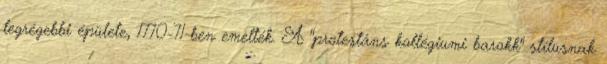
legrégebbi épülete, 1770-71-ben emelték. A "protestáns kollégiumi barokk" stílusnak